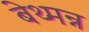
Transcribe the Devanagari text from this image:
बेथ्मन्न